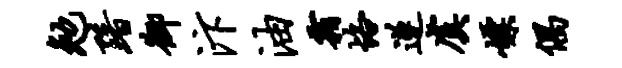
勉黯御汴油霜恪遂虞嫖偶